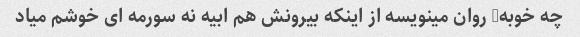
چه خوبه, روان مینویسه از اینکه بیرونش هم ابیه نه سورمه ای خوشم میاد